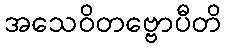
အသေဝိတဗ္ဗောပီတိ